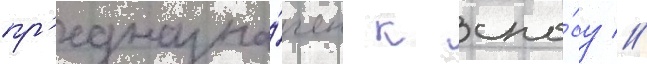
пр'едназна́чен к сно́су //